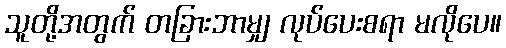
သူတို့အတွက် တခြားဘာမျှ လုပ်ပေးစရာ မလိုပေ။